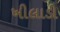
ખીલાડી